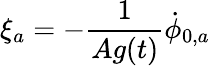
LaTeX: \xi_{a}=-\frac{1}{Ag(t)}\dot{\phi}_{0,a}